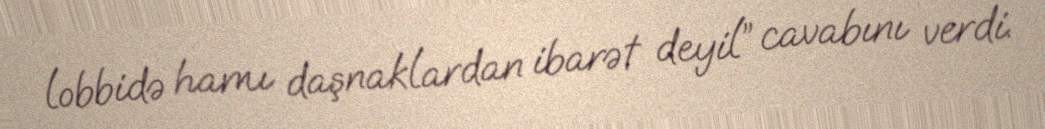
lobbidə hamı daşnaklardan ibarət deyil” cavabını verdi.